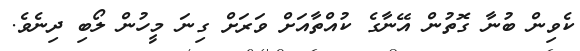
ކެވިން ބުނާ ގޮތުން އޭނާގެ ކުއްތާއަށް ވަރަށް ގިނަ މީހުން ލޯބި ދިނެވެ.